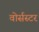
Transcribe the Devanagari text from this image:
वोर्सस्टर